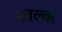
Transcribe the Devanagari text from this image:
शाल्के